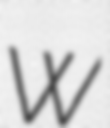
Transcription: W